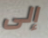
إلى